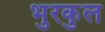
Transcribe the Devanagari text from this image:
भुरकुल